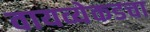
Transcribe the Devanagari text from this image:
वायव्येकडचा